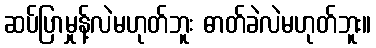
ဆပ်ပြာမှုန့်လဲမဟုတ်ဘူး ဓာတ်ခဲလဲမဟုတ်ဘူး။